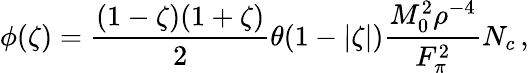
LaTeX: \phi(\zeta)=\frac{(1-\zeta)(1+\zeta)}2\theta(1-|\zeta|)\frac{M_{0}^{2}\rho^{-4}}{F_{\pi}^{2}}N_{c}\, ,